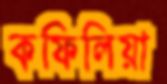
কফিলিয়া